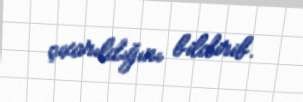
çıxarıldığını bildirib.